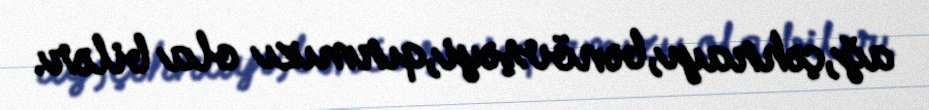
ağ,çəhrayı,bənövşəyi,qırmızı ola bilər.